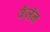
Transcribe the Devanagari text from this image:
वॅज़ॅन